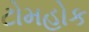
ટોમહોક